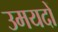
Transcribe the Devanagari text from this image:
उमयदों